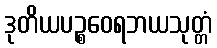
ဒုတိယပဉ္စဝေရဘယသုတ္တံ